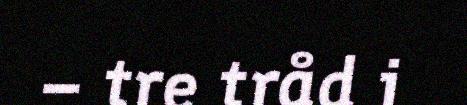
– tre tråd i